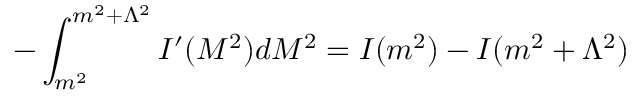
- \int _ { m ^ { 2 } } ^ { m ^ { 2 } + \Lambda ^ { 2 } } I ^ { \prime } ( M ^ { 2 } ) d M ^ { 2 } = I ( m ^ { 2 } ) - I ( m ^ { 2 } + \Lambda ^ { 2 } )